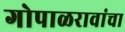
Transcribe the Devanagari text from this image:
गोपाळरावांचा